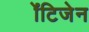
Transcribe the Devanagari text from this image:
ॲंटिजेन